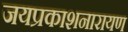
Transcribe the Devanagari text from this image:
जयप्रकाशनारायण